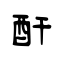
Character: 酐